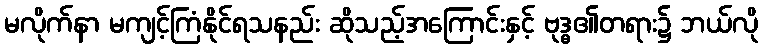
မလိုက်နာ မကျင့်ကြံနိုင်ရသနည်း ဆိုသည့်အကြောင်းနှင့် ဗုဒ္ဓ၏တရား၌ ဘယ်လို